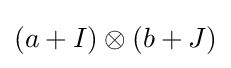
(a+I)\otimes (b+J)